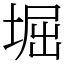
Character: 堀